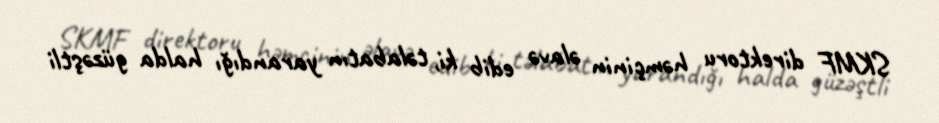
SKMF direktoru həmçinin əlavə edib ki, təlabatın yarandığı halda güzəştli